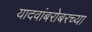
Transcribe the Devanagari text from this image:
यादवांबरोबरच्या